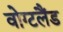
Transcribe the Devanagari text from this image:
वोग्टलैंड